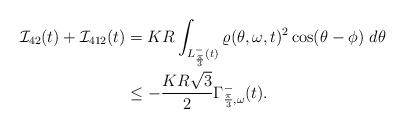
LaTeX: \begin{align*}\begin{aligned} \mathcal{I}_{42}(t)+\mathcal{I}_{412}(t) &= KR \int_{L^-_{\frac{\pi}{3}}(t)} \varrho(\theta, \omega, t)^2 \cos(\theta-\phi) ~ d\theta \\ &\leq-\frac{KR \sqrt{3}}{2} \Gamma^-_{\frac{\pi}{3},\omega}(t).\end{aligned}\end{align*}